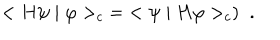
< H \psi \mid \varphi > _ { c } \; = \; < \psi \mid H \varphi > _ { c } ) \; \; .